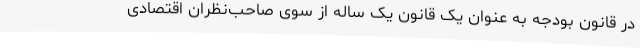
در قانون بودجه به عنوان یک قانون یک ساله از سوی صاحب‌نظران اقتصادی